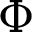
\Phi